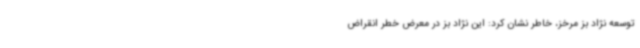
توسعه نژاد بز مرخز، خاطر نشان کرد: این نژاد بز در معرض خطر انقراض